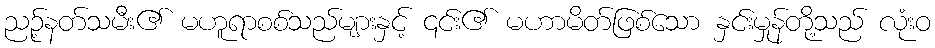
ညဉ့်နတ်သမီး၏ မဟူရာစစ်သည်များနှင့် ၎င်း၏ မဟာမိတ်ဖြစ်သော နှင်းမှုန်တို့သည် လုံးဝ